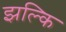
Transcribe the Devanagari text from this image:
झल्कि